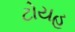
ટોયહ